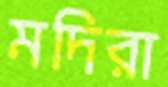
মদিরা